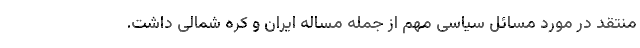
منتقد در مورد مسائل سیاسی مهم از جمله مساله ایران و کره شمالی داشت.